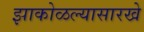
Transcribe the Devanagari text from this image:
झाकोळल्यासारखे